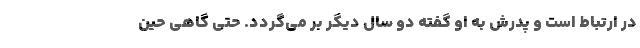
در ارتباط است و پدرش به او گفته دو سال دیگر بر می‌گردد. حتی گاهی حین